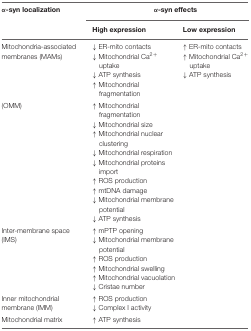
| α-syn localization | <COLSPAN=2> α-syn effects |
 |  | High expression | Low expression |
 | --- | --- | --- |
 | Mitochondria-associated membranes (MAMs) | ↓ ER-mito contacts↓ Mitochondrial Ca2+ uptake↓ ATP synthesis↑ Mitochondrial fragmentation | ↑ ER-mito contacts↑ Mitochondrial Ca2+ uptake↓ ATP synthesis |
 | (OMM) | ↑ Mitochondrial fragmentation↓ Mitochondrial size↑ Mitochondrial nuclear clustering↓ Mitochondrial respiration↓ Mitochondrial proteins import↑ ROS production↑ mtDNA damage↓ Mitochondrial membrane potential↓ ATP synthesis |
 | Inter-membrane space (IMS) | ↑ mPTP opening↓ Mitochondrial membrane potential↑ ROS production↑ Mitochondrial swelling↑ Mitochondrial vacuolation↓ Cristae number |
 | Inner mitochondrial membrane (IMM) | ↑ ROS production↓ Complex I activity |
 | Mitochondrial matrix | ↑ ATP synthesis |